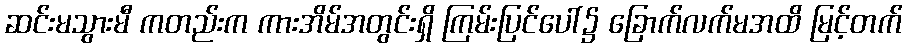
ဆင်းမသွားမီ ကတည်းက ကားအိမ်အတွင်းရှိ ကြမ်းပြင်ပေါ်၌ ခြောက်လက်မအထိ မြင့်တက်